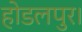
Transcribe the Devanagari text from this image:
होडलपुर।